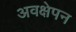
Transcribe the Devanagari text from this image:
अवक्षेपन